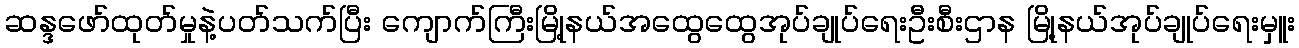
ဆန္ဒဖော်ထုတ်မှုနဲ့ပတ်သက်ပြီး ကျောက်ကြီးမြို့နယ်အထွေထွေအုပ်ချုပ်ရေးဦးစီးဌာန မြို့နယ်အုပ်ချုပ်ရေးမှူး